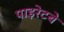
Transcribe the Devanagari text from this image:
पाइरेटबे